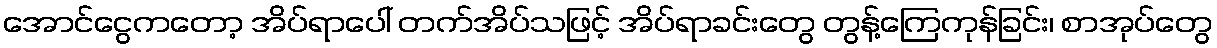
အောင်ငွေကတော့ အိပ်ရာပေါ် တက်အိပ်သဖြင့် အိပ်ရာခင်းတွေ တွန့်ကြေကုန်ခြင်း၊ စာအုပ်တွေ